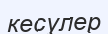
кесулер